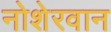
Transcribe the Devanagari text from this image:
नोशेरवान